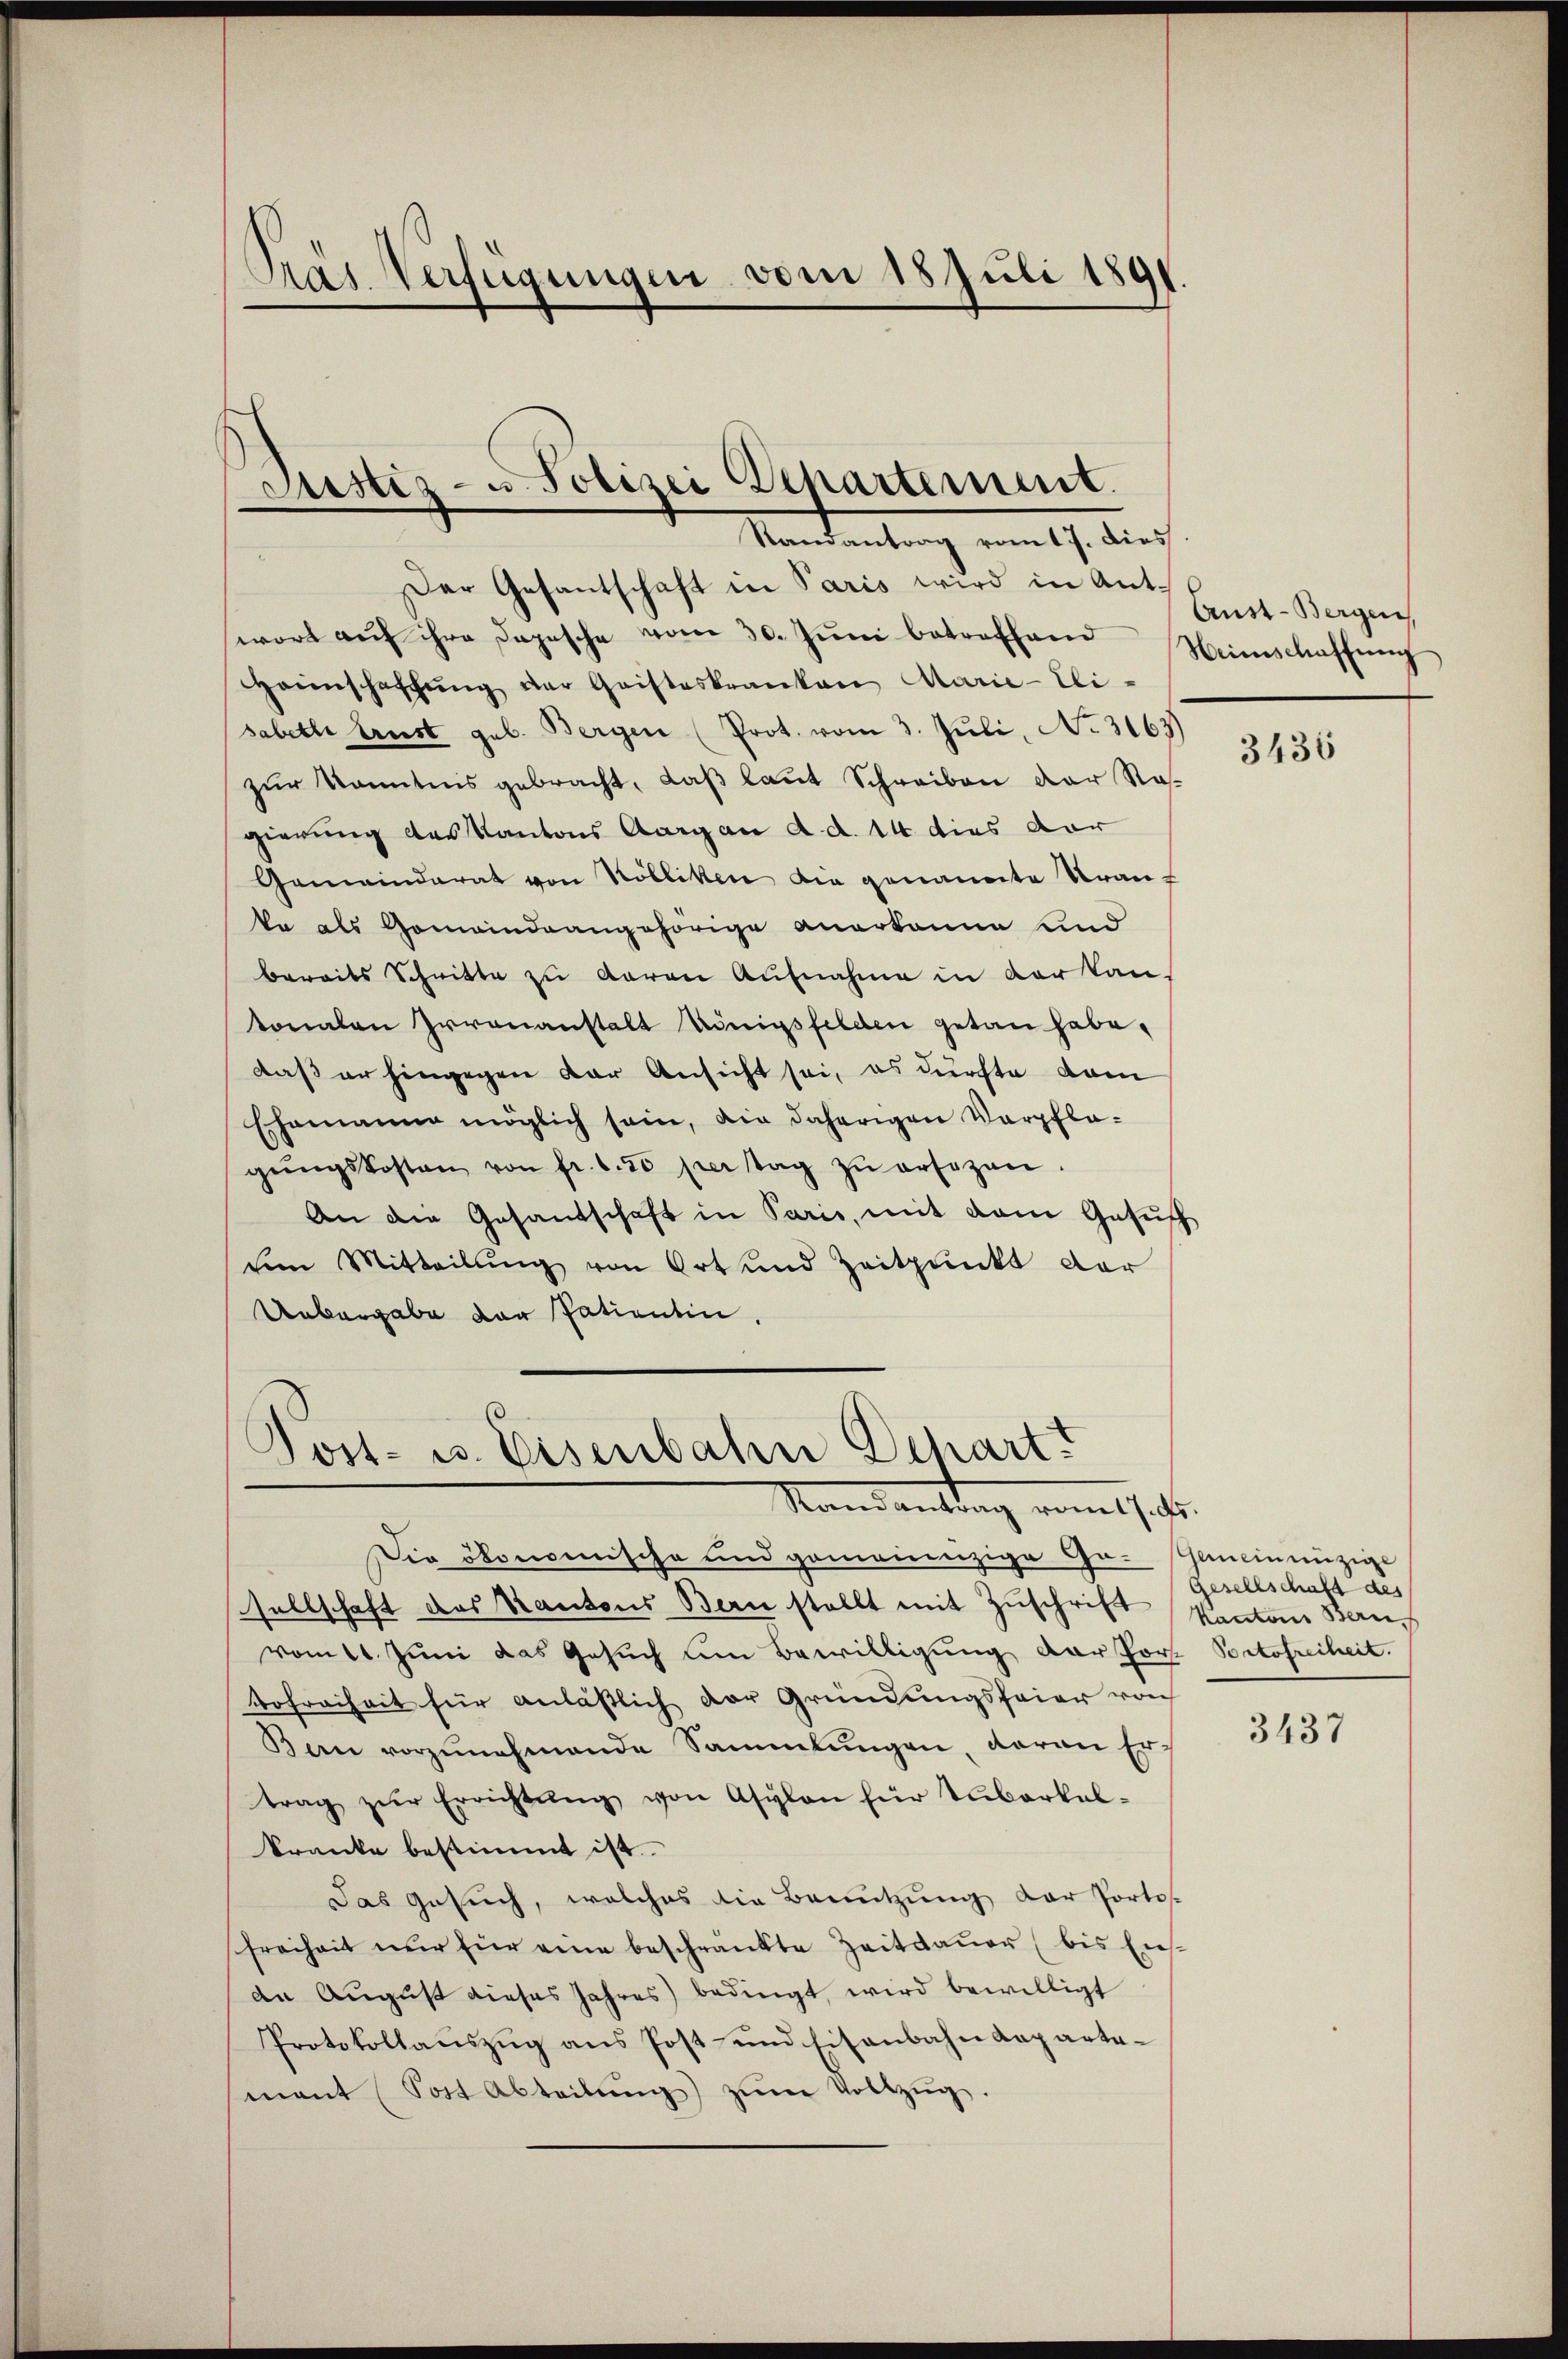
Pas Verfügungen vom 18 Juli 1891.

Justiz- u Polizei Departement.
e
Randantrag vom 17. dies

er Gesantschaft in Paris wird in Ant-
wort auf ihre Depesche vom 30. Juni betreffend Neinschaffung
Heimschaffŭng der Geisteskranken Marie-Eli-
sabethe Ernst geb. Bergen (Prot. vom 3. Juli, No. 3163)
zŭr Kenntnis gebracht, daβ laŭt Schreiben der Na-
gierung des Kantons Aargau d. d. 14 dies dar
Gemeinderat von Kölliken die genannte Uran-
ka als Gemeindrangehörige anerkanne und
bereits Schritte zu Garan Aufnahme in der kan-
tonalen Irrenanstalt Königsfelden getan habe,
daß er hingegen der Ansicht sei, es durchte dam
Ehemanne möglich sein, die daherigen Verpflegŭngskosten von fr. 620 per tag zŭ ersetzen.
An die Gesandschaft in Paris, mit dem Gesŭch
eim Mitteilung von Ort und Zeitpunkt der
Uebergabe der Patientin.

Jost- u. Eisenbahn Schart.
Kandantrag vom 17. ds.

Aust-Bergen

Die ökonomische und gemeinzige Ge- Gemeinnüzige
sellschaft des Kantons Bern stellt mit Zuschrift
vom 11. Juni das Gesuch um Bewilligung der For- Portofreiheit.
tofreiheit für anläßlich der Gründungsfeier von
Bern vorzunehmende Sammlungen, daran Ertrag zŭr Errichtŭng von Asylon für Tuberkal-
kranke bestimmt ist.
Das Gesuch, welches die Benutzung der Portos-
freiheit nur für eine beschränkte Zeitdauer (bis Ensdn August dieses Jahres bedingt wird bewilligt
Protokollaŭszŭg ans Post- und Eisenbahndeparta-
mant Post Abteilŭng zŭm Vollzŭg.

3436

Gesellschaft des
Kantons Bern

3437